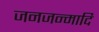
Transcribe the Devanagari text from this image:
जनजन्मादि